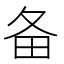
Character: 备